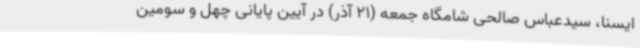
ایسنا، سیدعباس صالحی شامگاه جمعه (21 آذر) در آیین پایانی چهل و سومین